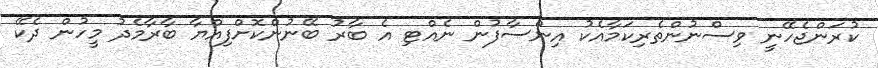
ކުރަންޖެހޭނީ ވިސްނުންތެރިކަމާއެކު އިންސާފުން ނެއްޓި އެ ބާރު ބޭނުންކޮށްފިއްޔާ ބާރާމެދު މީހުން ދެކޭ